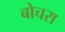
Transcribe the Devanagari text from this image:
बोचरा